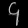
Digit: ၄